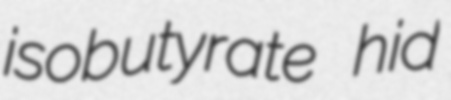
isobutyrate hid